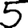
Digit: 5